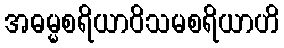
အဓမ္မစရိယာဝိသမစရိယာဟိ